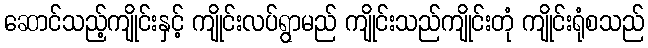
ဆောင်သည့်ကျိုင်းနှင့် ကျိုင်းလပ်ရွာမည် ကျိုင်းသည်ကျိုင်းတုံ ကျိုင်းရုံစသည်